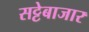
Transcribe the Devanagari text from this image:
सट्टेबाजार